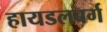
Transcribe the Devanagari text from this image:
हायडलबर्ग